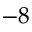
- 8